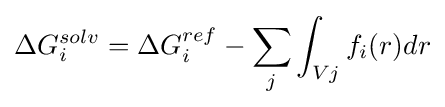
\Delta G_{i}^{solv}=\Delta G_{i}^{ref}-\sum _{j}\int _{Vj}f_{i}(r)dr